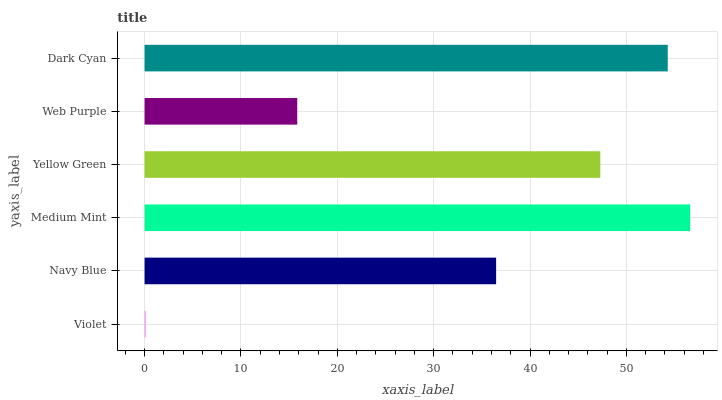
| yaxis_label | bars |
 | --- | --- |
 | Violet | 0.106 |
 | Navy Blue | 36.5 |
 | Medium Mint | 56.6 |
 | Yellow Green | 47.3 |
 | Web Purple | 15.8 |
 | Dark Cyan | 54.3 |